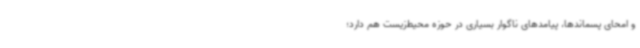
و امحای پسماندها، پیامدهای ناگوار بسیاری در حوزه محیط‌زیست هم دارد؛